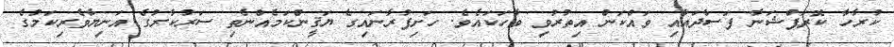
ކުރާހާ ކޮރަޕްޝަނާ ފަސާދައާއި ވައްކަން އިތުރުވި ވާހަކައެވެ. ހަށިފުރާނައިގެ ޔަޤީންކަމެއްނެތި ސަރުކާރުގެ އަނިޔާވެރިކަމުގެ